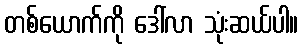
တစ်ယောက်ကို ဒေါ်လာ သုံးဆယ်ပါ။